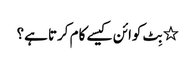
٭ بِٹ کوائن کیسے کام کرتا ہے؟